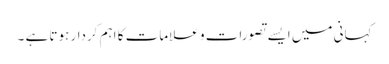
کہانی میں ایسے تصورات و علامات کا اہم کردار ہوتا ہے ۔